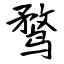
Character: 鹜